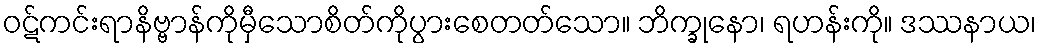
ဝဋ်ကင်းရာနိဗ္ဗာန်ကိုမှီသောစိတ်ကိုပွားစေတတ်သော။ ဘိက္ခုနော၊ ရဟန်းကို။ ဒဿနာယ၊